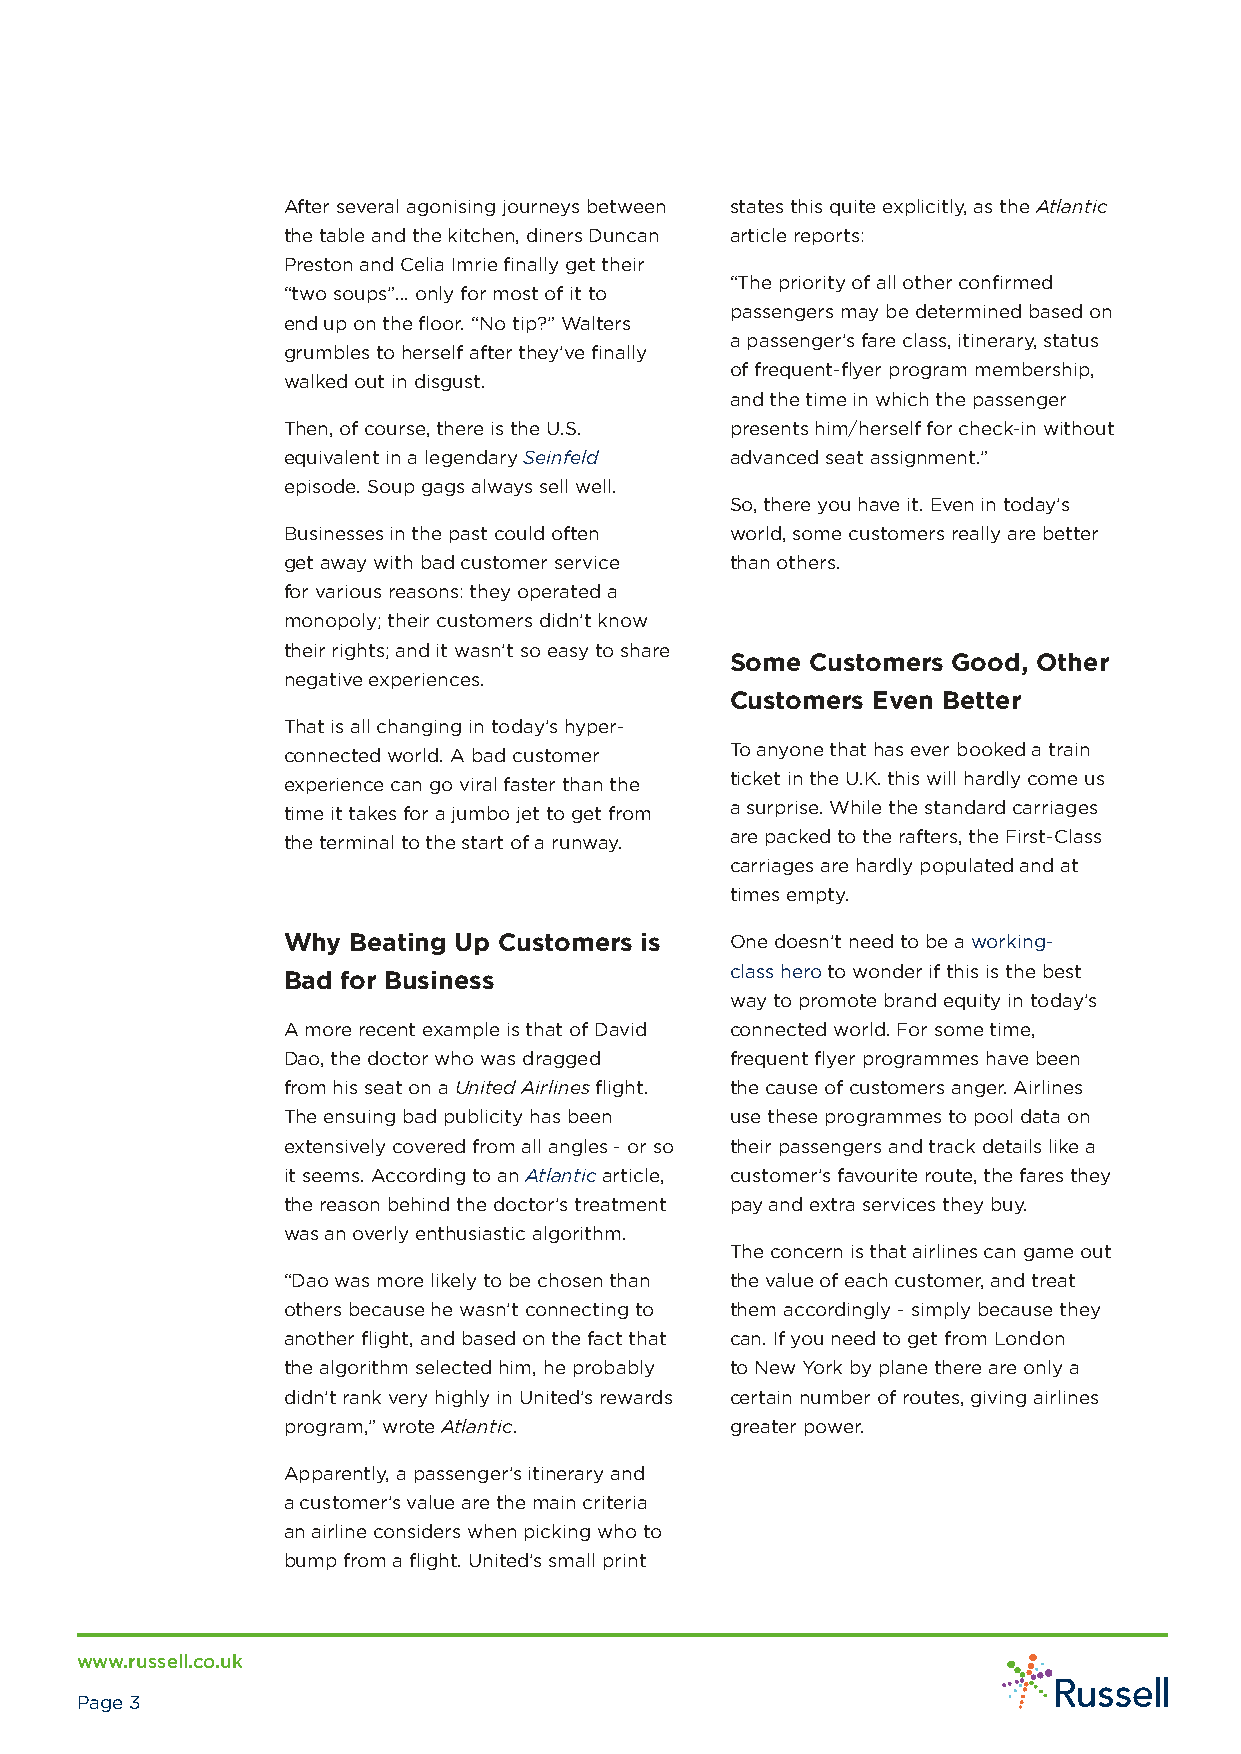
After several agonising journeys between states this quite explicitly, as the Atlantic
 the table and the kitchen, diners Duncan article reports:
 Preston and Celia Imrie finally get their
 “The priority of all other confirmed
 “two soups”… only for most of it to
 passengers may be determined based on
 end up on the floor. “No tip?” Walters
 a passenger’s fare class, itinerary, status
 grumbles to herself after they’ve finally
 of frequent-flyer program membership,
 walked out in disgust.
 and the time in which the passenger
 Then, of course, there is the U.S. presents him/herself for check-in without
 equivalent in a legendary Seinfeld advanced seat assignment.”
 episode. Soup gags always sell well.
 So, there you have it. Even in today’s
 Businesses in the past could often world, some customers really are better
 get away with bad customer service than others.
 for various reasons: they operated a
 monopoly; their customers didn’t know
 their rights; and it wasn’t so easy to share
 Some  Customers Good, Other
 negative experiences.
 Customers Even Better
 That is all changing in today’s hyper-
 connected world. A bad customer To anyone that has ever booked a train
 experience can go viral faster than the ticket in the U.K. this will hardly come us
 time it takes for a jumbo jet to get from a surprise. While the standard carriages
 the terminal to the start of a runway. are packed to the rafters, the First-Class
 carriages are hardly populated and at
 times empty.
 Why Beating Up Customers is  One doesn’t need to be a working-
 class hero to wonder if this is the best
 Bad for Business
 way to promote brand equity in today’s
 A more recent example is that of David connected world. For some time,
 Dao, the doctor who was dragged frequent flyer programmes have been
 from his seat on a United Airlines flight. the cause of customers anger. Airlines
 The ensuing bad publicity has been use these programmes to pool data on
 extensively covered from all angles - or so their passengers and track details like a
 it seems. According to an Atlantic article, customer’s favourite route, the fares they
 the reason behind the doctor’s treatment pay and extra services they buy.
 was an overly enthusiastic algorithm.
 The concern is that airlines can game out
 “Dao was more likely to be chosen than the value of each customer, and treat
 others because he wasn’t connecting to them accordingly - simply because they
 another flight, and based on the fact that can. If you need to get from London
 the algorithm selected him, he probably to New York by plane there are only a
 didn’t rank very highly in United’s rewards certain number of routes, giving airlines
 program,” wrote Atlantic.    greater power.
 Apparently, a passenger’s itinerary and
 a customer’s value are the main criteria
 an airline considers when picking who to
 bump from a flight. United’s small print
 www.russell.co.uk
 Page 3